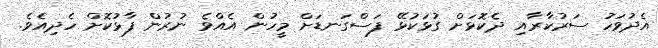
އެދުވަހު ސަރުކާރާއި ދެކޮޅަށް ގުޅަކުޅޭ ފަސްގަނޑަށް މީހުން އެއްވެ ނުރުން ފާޅުކޮށް ހެދިއެވެ.